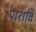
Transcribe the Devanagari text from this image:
पाशवि